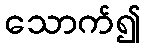
သောက်၍